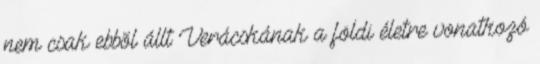
nem csak ebbõl állt Verácskának a földi életre vonatkozó